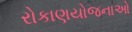
રોકાણયોજનાઓ